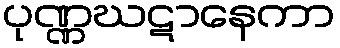
ပုဏ္ဏဃဋာနေကာ